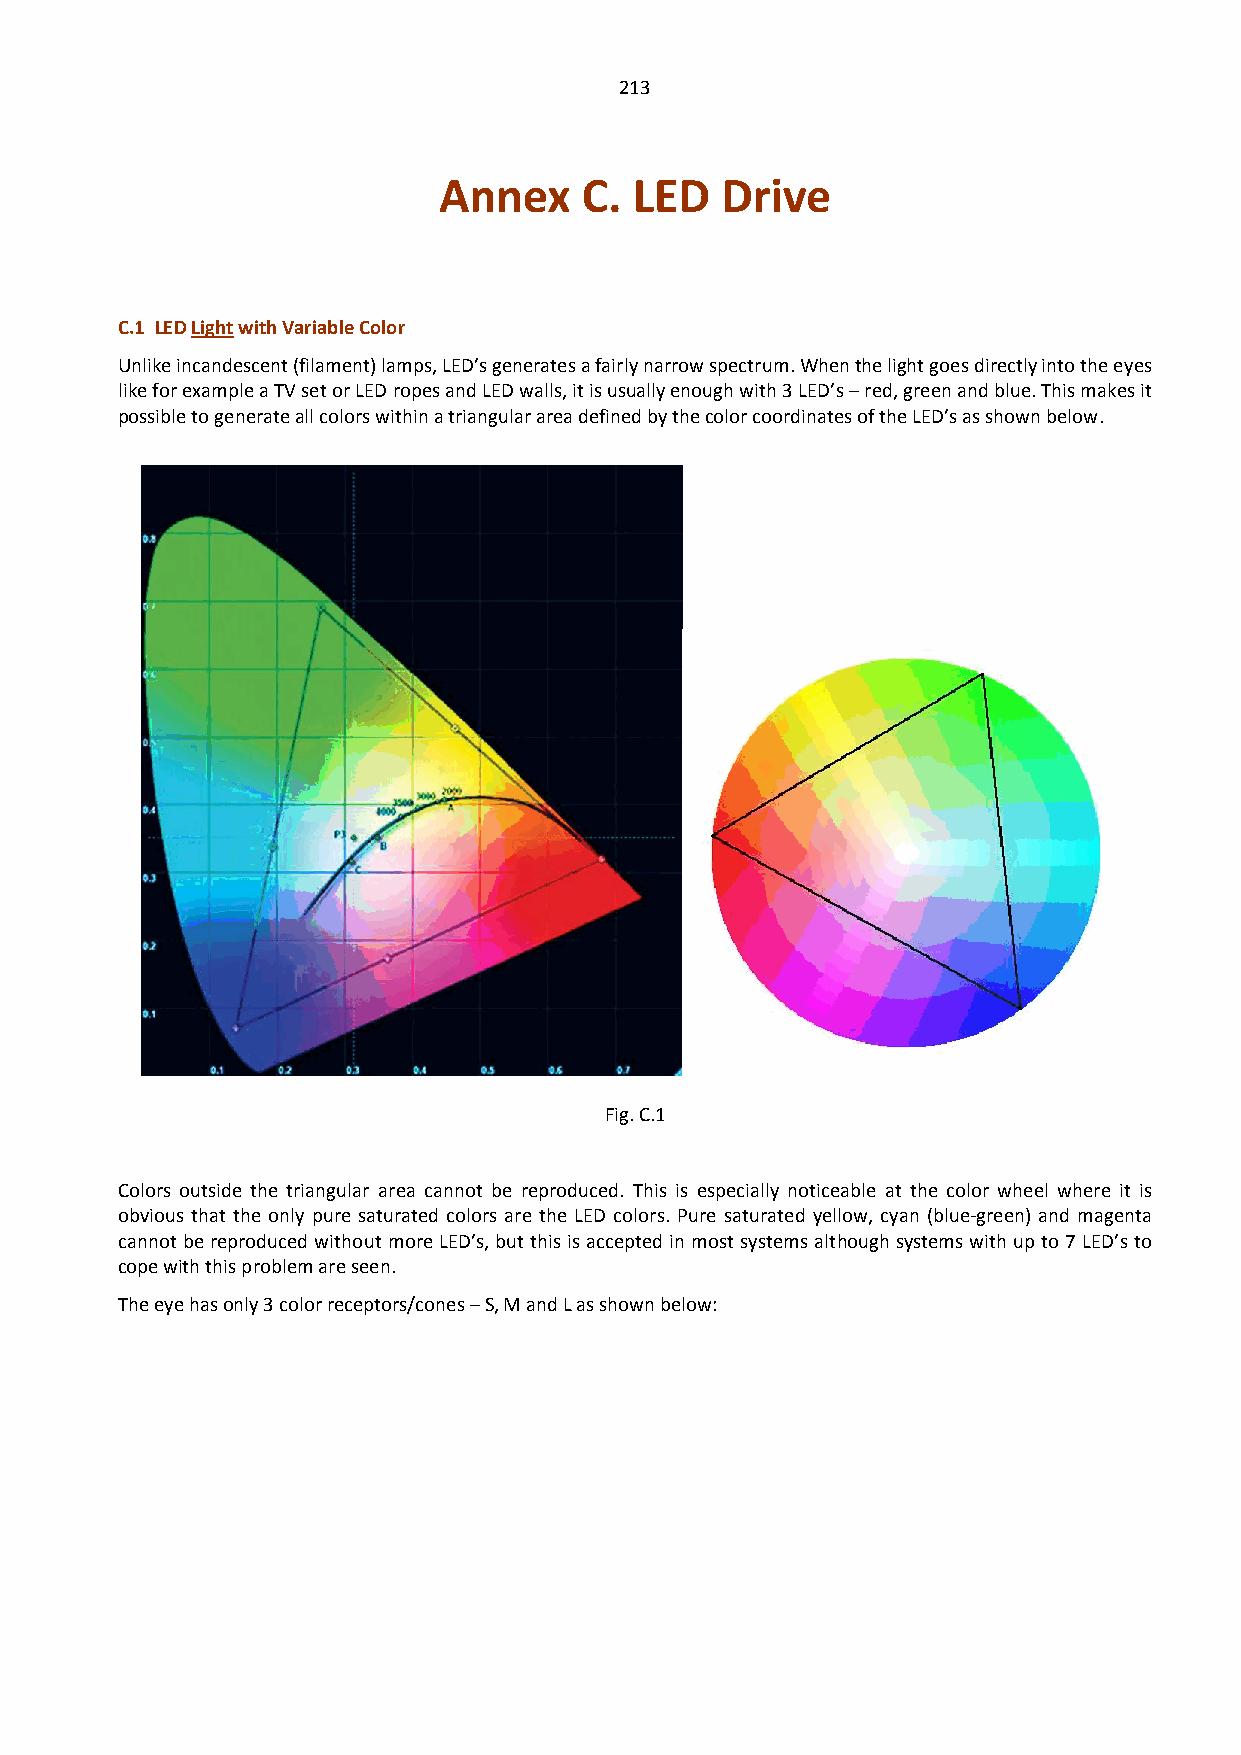
213
 Annex    C.  LED   Drive
 C.1 LED Light with Variable Color
 Unlike incandescent (filament) lamps, LED’s generates a fairly narrow spectrum. When the light goes directly into the eyes
 like for example a TV set or LED ropes and LED walls, it is usually enough with 3 LED’s – red, green and blue. This makes it
 possible to generate all colors within a triangular area defined by the color coordinates of the LED’s as shown below.
 Fig. C.1
 Colors outside the triangular area cannot be reproduced. This is especially noticeable at the color wheel where it is
 obvious that the only pure saturated colors are the LED colors. Pure saturated yellow, cyan (blue-green) and magenta
 cannot be reproduced without more LED’s, but this is accepted in most systems although systems with up to 7 LED’s to
 cope with this problem are seen.
 The eye has only 3 color receptors/cones – S, M and L as shown below: